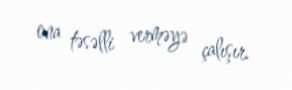
ona təsəlli verməyə çalışır.